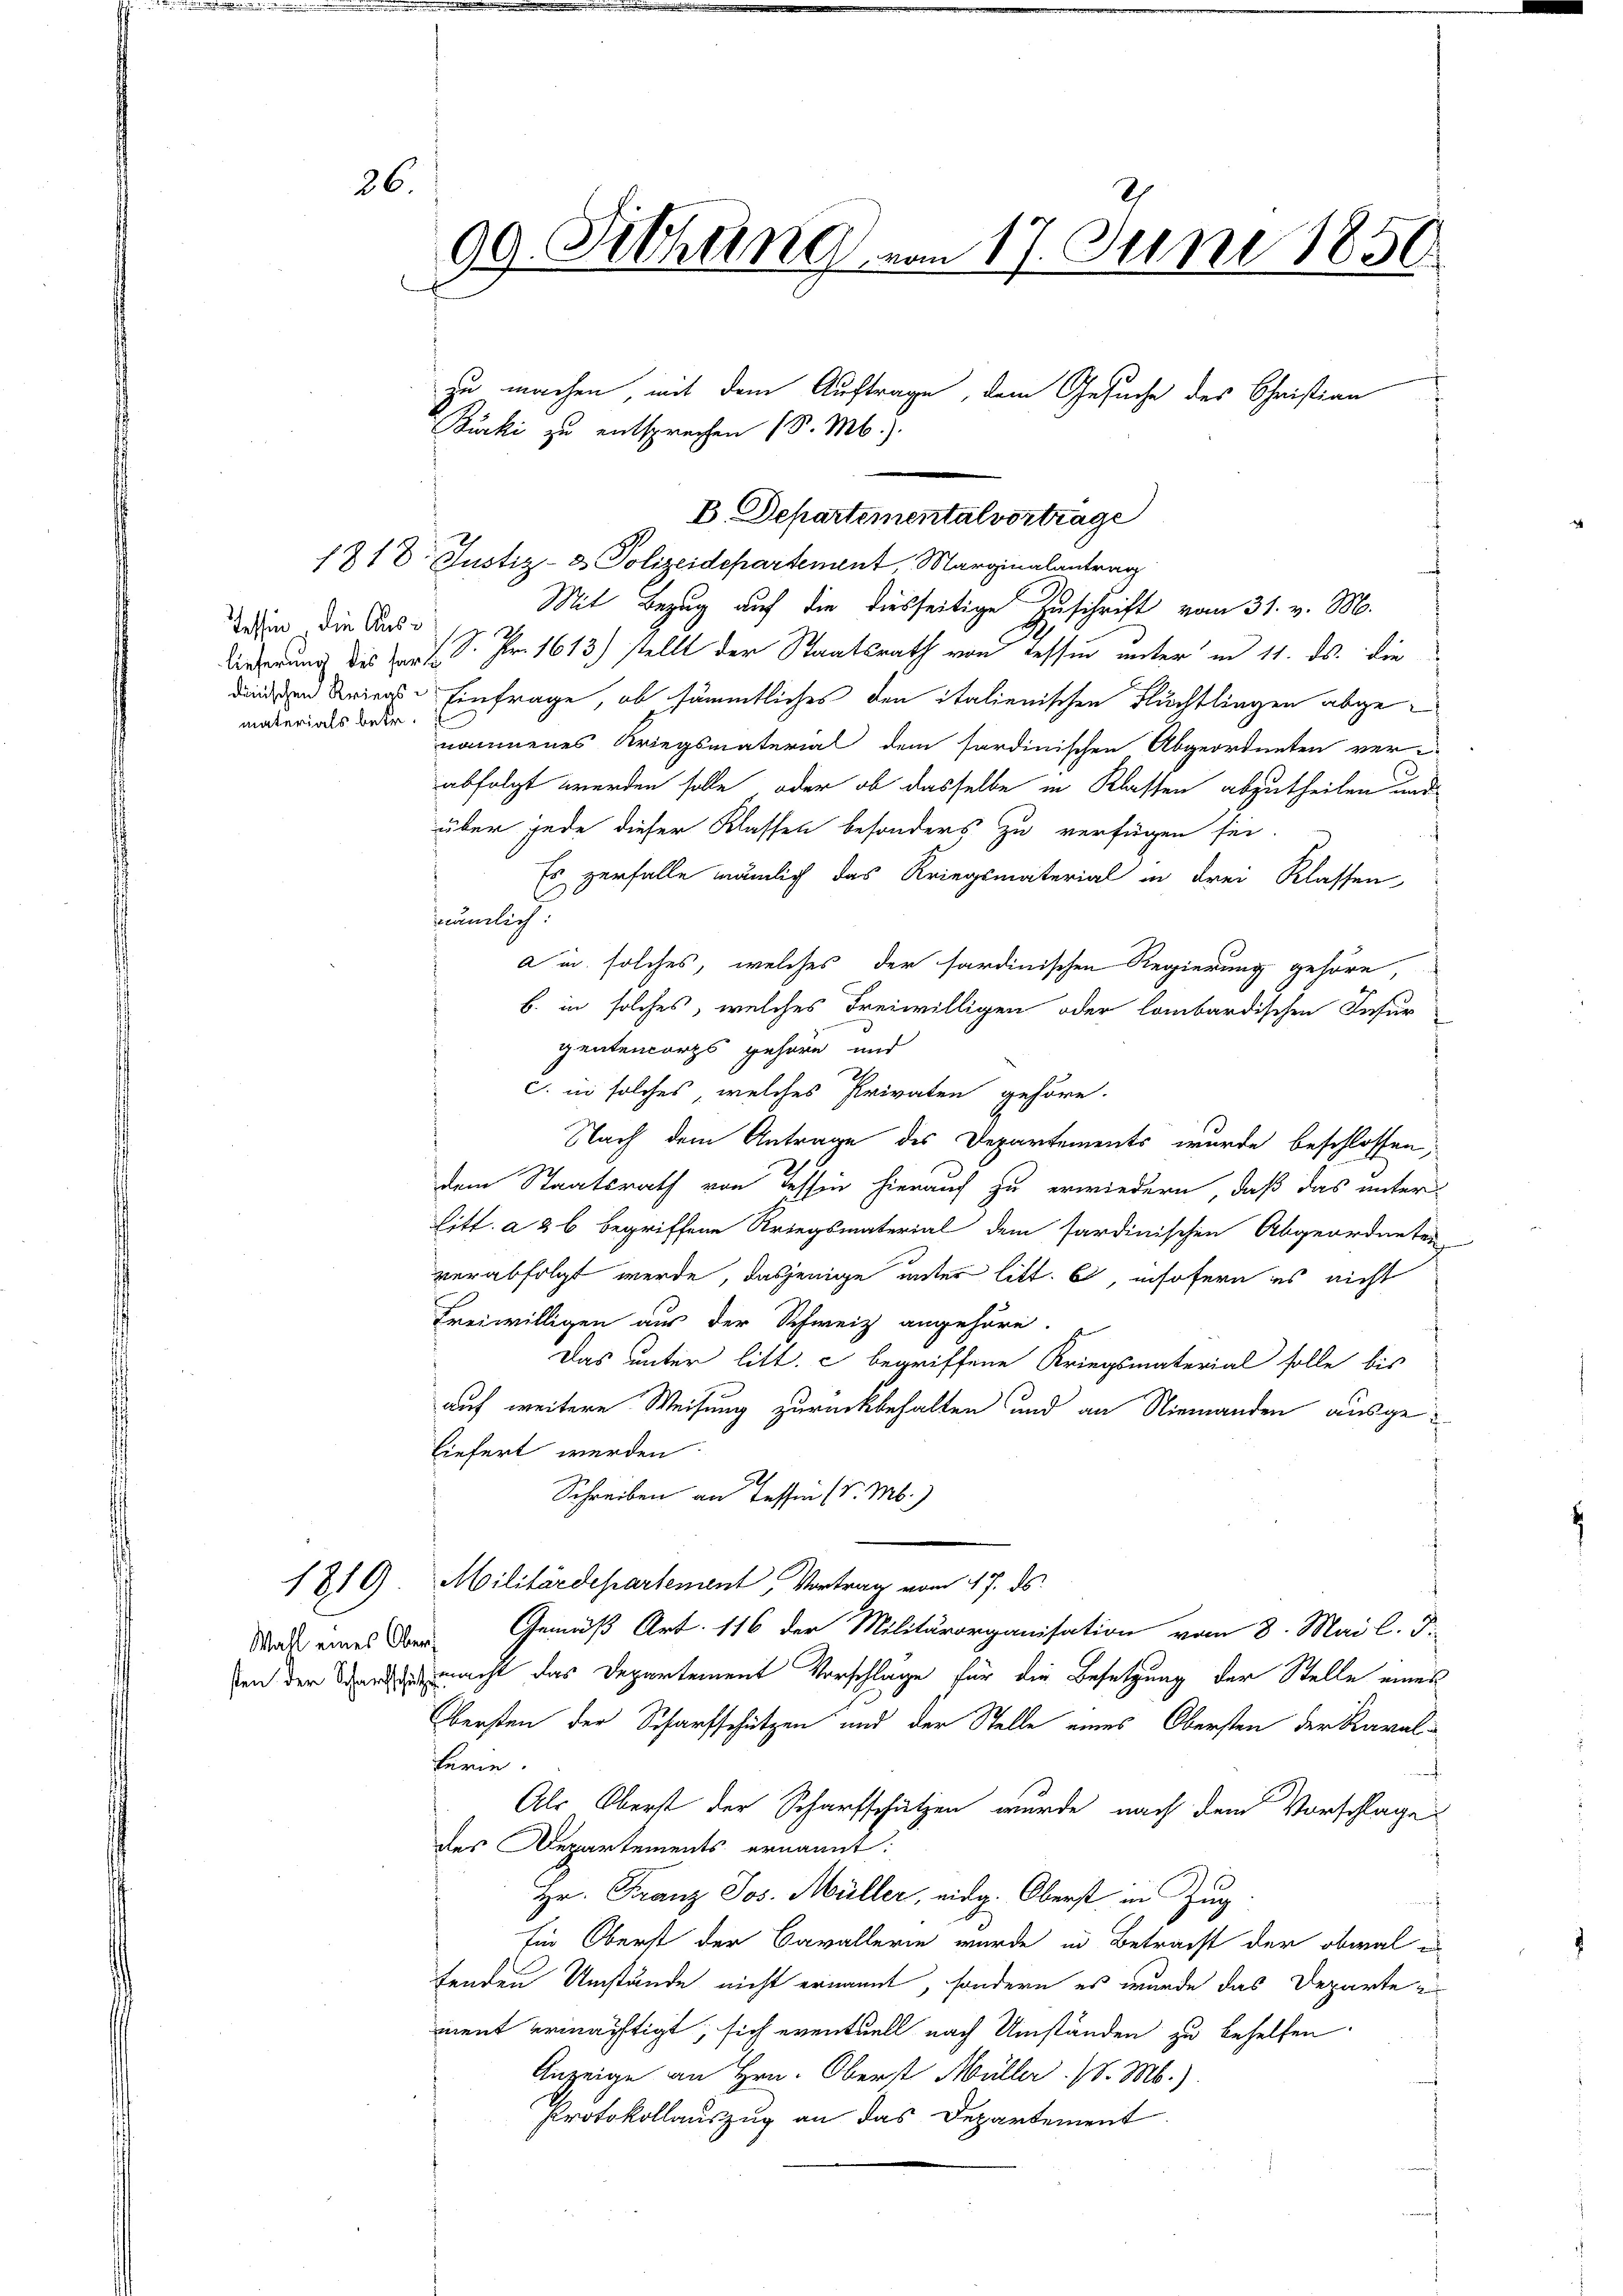
26.

Tessin, die Auslieferung des fardänischen Kriegsmaterials betr.

Wahl eines Ober
sten der Scharfschütz

1719

99. Sichling von 17. Juni 1850

B. Departemental vortrage
1818. Justiz- & Polizeidepartement, Marginalantrag
Mit Bezug auf die diesseitige Zuschrift vom 31. v. M.
pe
/S. Fr. 1613) stellt der Staatsrath von Tessin unter in 11. ds. die
Einfrage, ob sämmtliches den italienischen Flüchtlingen abgenommenes Kriegsmaterial dem fordinischen Abgeordneten ver-
abfolgt werden solle, oder ob dasselbe in Klassen abzutheilen und
über jede dieser Klassen besonders zu verfügen sei.
Es zerfalle nämlich das Kriegsmaterial in drei Klassen
nämlich:
a in solches, welches der sardinischen Regierung gehöre,
b. in solches, welches Freiwilligen oder lombardischen Infur
gentencorps gehöre und
c. in solches, welches Privaten gehöre.
Nach dem Antrage des Departements wurde beschlossen,
dem Staatsrath von Tessin hierauf zu erwiedern, daß das unter
Litt. a 26 begriffene Kriegsmaterial dem sardinischen Abgeordneten
verabfolgt werde, dasjenige unter litt. b, insofern es nicht
Freiwilligen aus der Schweiz angehöre.
Das unter litt. c begriffene Kriegsmaterial solle bis
auf weitere Weisung zurückbehalten und an Niemanden ausgeliefert werden.
Schreiben an Tessen (S. M.)
Militärdepartement, Vortrag vom 17. ds.
Gemäß Art. 116 der Militärorganisation vom 8. Mai l. J.
macht das Departement Vorschlage für die Besetzung der Stelle eines
Obersten der Scharfschützen und der Stelle eines Obersten der Kavalferie.
Als Oberst der Scharfschützen wurde nach dem Vorschlage
des Departements ernannt:
Hr. Franz Jos. Müller, eidg. Oberst in Zug
Ein Oberst der Cavallerin wurde in Betracht der obwal
fenden Umstände nicht ernannt, sondern es wurde das Departe er
ment ermächtigt, sich eventuell nach Umständen zu behelfen.
Anzeige an Hrn. Oberst Müller. /. M.).
Protokollauszug an das Departement

zu machen mit dem Auftrage, dem Gesuche des Christian
Bucki zu entsprochen (S. M.).